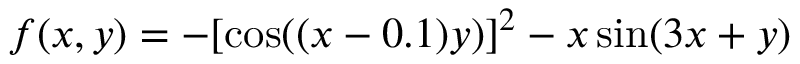
f ( x , y ) = - [ \cos ( ( x - 0 . 1 ) y ) ] ^ { 2 } - x \sin ( 3 x + y )